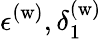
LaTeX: \epsilon^{(\mathrm{w})},\delta_{1}^{(\mathrm{w})}